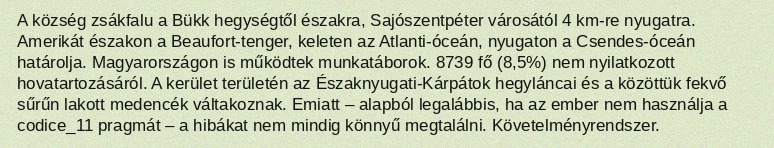
A község zsákfalu a Bükk hegységtől északra, Sajószentpéter városától 4 km-re nyugatra. Amerikát északon a Beaufort-tenger, keleten az Atlanti-óceán, nyugaton a Csendes-óceán határolja. Magyarországon is működtek munkatáborok. 8739 fő (8,5%) nem nyilatkozott hovatartozásáról. A kerület területén az Északnyugati-Kárpátok hegyláncai és a közöttük fekvő sűrűn lakott medencék váltakoznak. Emiatt – alapból legalábbis, ha az ember nem használja a codice_11 pragmát – a hibákat nem mindig könnyű megtalálni. Követelményrendszer.